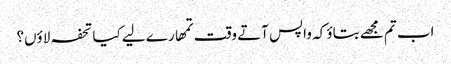
اب تم مجھے بتاؤ کہ واپس آتے وقت تمھارے لیے کیا تحفہ لاؤں؟